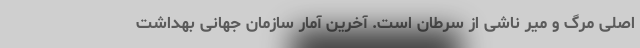
اصلی مرگ ‌و میر ناشی از سرطان است. آخرین آمار سازمان جهانی بهداشت